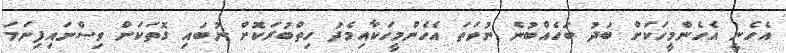
އެހެނީ އެހެންމީހަކަށް ބަދު ބަހެއްބުނެ ނުވަތަ އެހެންމީހަކާއިމެދު ހިތްބުރަކޮށް ނުބައި ގޮތަކަށް ވިސްނައިފިނަމަ